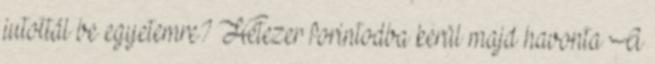
jutottál be egyetemre? Hétezer forintodba kerül majd havonta A